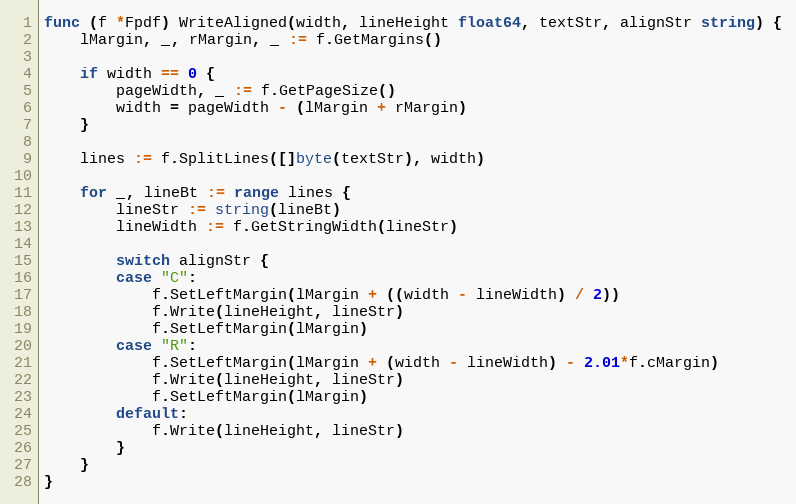
Language: Go
func (f *Fpdf) WriteAligned(width, lineHeight float64, textStr, alignStr string) {
	lMargin, _, rMargin, _ := f.GetMargins()

	if width == 0 {
		pageWidth, _ := f.GetPageSize()
		width = pageWidth - (lMargin + rMargin)
	}

	lines := f.SplitLines([]byte(textStr), width)

	for _, lineBt := range lines {
		lineStr := string(lineBt)
		lineWidth := f.GetStringWidth(lineStr)

		switch alignStr {
		case "C":
			f.SetLeftMargin(lMargin + ((width - lineWidth) / 2))
			f.Write(lineHeight, lineStr)
			f.SetLeftMargin(lMargin)
		case "R":
			f.SetLeftMargin(lMargin + (width - lineWidth) - 2.01*f.cMargin)
			f.Write(lineHeight, lineStr)
			f.SetLeftMargin(lMargin)
		default:
			f.Write(lineHeight, lineStr)
		}
	}
}